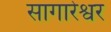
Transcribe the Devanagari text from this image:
सागारेश्वर